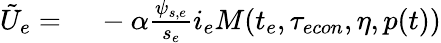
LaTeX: \begin{array}{rl}{\tilde{U}_{e}=}&{{}\ -\alpha\frac{\psi_{s,e}}{s_{e}}i_{e}M(t_{e},{\tau_{econ}},\eta,p(t))}\end{array}